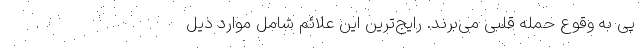
پی به وقوع حمله قلبی می‌برند. رایج‌ترین این علائم شامل موارد ذیل